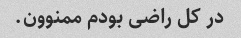
در کل راضی بودم ممنوون.